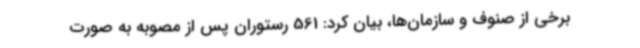
برخی از صنوف و سازمان‌ها، بیان کرد: 561 رستوران پس از مصوبه به صورت